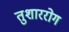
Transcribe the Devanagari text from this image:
तुशाररोग